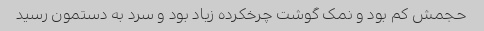
حجمش کم بود و نمک گوشت چرخکرده زیاد بود و سرد به دستمون رسید